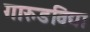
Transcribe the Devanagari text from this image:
गारुडविद्या